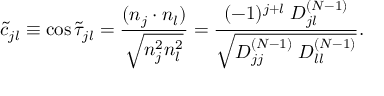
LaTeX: \widetilde { c } _ { j l } \equiv \cos \widetilde { \tau } _ { j l } = \frac { ( n _ { j } \cdot n _ { l } ) } { \sqrt { n _ { j } ^ { 2 } n _ { l } ^ { 2 } } } = \frac { ( - 1 ) ^ { j + l } \; D _ { j l } ^ { ( N - 1 ) } } { \sqrt { D _ { j j } ^ { ( N - 1 ) } \; D _ { l l } ^ { ( N - 1 ) } } } .